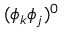
( \phi _ { k } \phi _ { j } ) ^ { 0 }